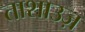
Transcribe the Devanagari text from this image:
ताशाउज़